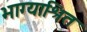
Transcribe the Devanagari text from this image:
भाग्याश्रित